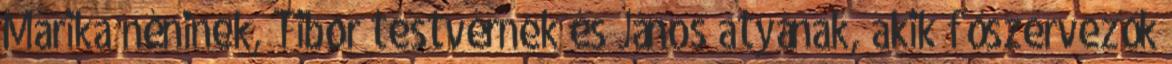
Marika néninek, Tibor testvérnek és János atyának, akik főszervezők